Vaccine operations Central Provinces 1868-1885 - 1868-1885
Year: 1868
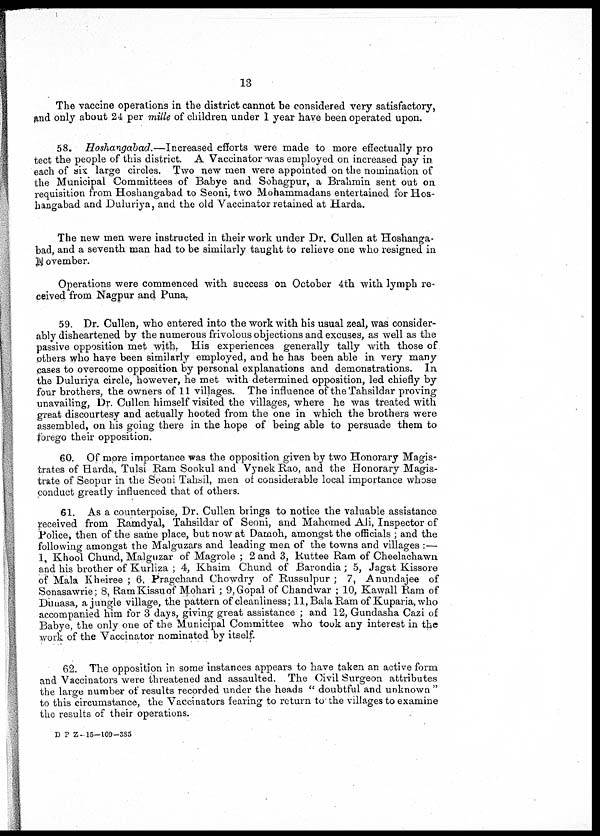
13
The vaccine operations in the district cannot be considered very satisfactory,
and only about 24 per mille of children under 1 year have been operated upon.
58. Hoshangabad.—Increased efforts were made to more effectually pro
tect the people of this district. A Vaccinator was employed on increased pay in
each of six large circles. Two new men were appointed on the nomination of
the Municipal Committees of Babye and Sohagpur, a Brahmin sent out on
requisition from Hoshangabad to Seoni, two Mohammadans entertained for Hos¬
hangabad and Duluriya, and the old Vaccinator retained at Harda.
The new men were instructed in their work under Dr. Cullen at Hoshanga-
bad, and a seventh man had to be similarly taught to relieve one who resigned in
November.
Operations were commenced with success on October 4th with lymph re-
ceived from Nagpur and Puna.
59. Dr. Cullen, who entered into the work with his usual zeal, was consider-
ably disheartened by the numerous frivolous objections and excuses, as well as the
passive opposition met with, His experiences generally tally with those of
others who have been similarly employed, and he has been able in very many
cases to overcome opposition by personal explanations and demonstrations. In
the Duluriya circle, however, he met with determined opposition, led chiefly by
four brothers, the owners of 11 villages. The influence of the Tahsildar proving
unavailing, Dr. Cullen himself visited the villages, where he was treated with
great discourtesy and actually hooted from the one in which the brothers were
assembled, on his going there in the hope of being able to persuade them to
forego their opposition.
60. Of more importance was the opposition given by two Honorary Magis-
trates of Harda, Tulsi Ram Sookul and Vynek Rao, and the Honorary Magis-
trate of Seopur in the Seoni Tahsil, men of considerable local importance whose
conduct greatly influenced that of others.
61. As a counterpoise, Dr. Cullen brings to notice the valuable assistance
received from Ramdyal, Tahsildar of Seoni, and Mahomed Ali, Inspector of
Police, then of the same place, but now at Damoh, amongst the officials ; and the
following amongst the Malguzars and leading men of the towns and villages :—
1, Khool Chund, Malguzar of Magrole ; 2 and 3, Ruttee Ram of Cheelachawn
and his brother of Kurliza ; 4, Khaim Chund of Barondia ; 5, Jagat Kissore
of Mala Kheiree ; 6, Pragchand Chowdry of Russulpur ; 7, Anundajee of
Sonasawrie; 8, Ram Kissu of Mohari ; 9, Gopal of Chandwar ; 10, Kawall Ram of
Dunasa, a jungle village, the pattern of cleanliness; 11, Bala Ram of Kuparia,who
accompanied him for 3 days, giving great assistance ; and 12, Gundasha Cazi of
Babye, the only one of the Municipal Committee who took any interest in the
work of the Vaccinator nominated by itself.
62. The opposition in some instances appears to have taken an active form
and Vaccinators were threatened and assaulted. The Civil Surgeon attributes
the large number of results recorded under the heads " doubtful and unknown "
to this circumstance, the Vaccinators fearing to return to the villages to examine
the results of their operations.
D P Z-15-109-385